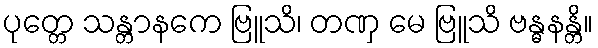
ပုတ္တေ သန္တာနကေ ဗြူသိ၊ တဏှ မေ ဗြူသိ ဗန္ဓနန္တိ။